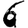
Digit: 6